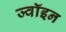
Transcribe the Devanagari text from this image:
ज्‍वॉइन